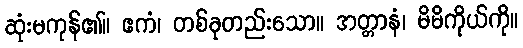
ဆုံးမကုန်၏။ ဧကံ၊ တစ်ခုတည်းသော။ အတ္တာနံ၊ မိမိကိုယ်ကို။